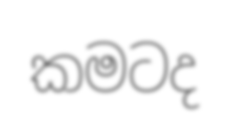
කමටද